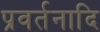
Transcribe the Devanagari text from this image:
प्रवर्तनादि